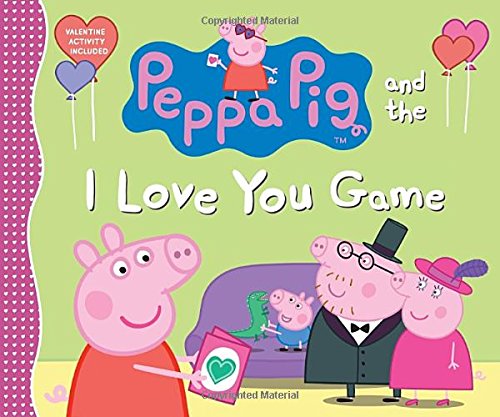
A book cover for Peppa Pig and the I Love You Game; Candlewick Press; Children's Books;